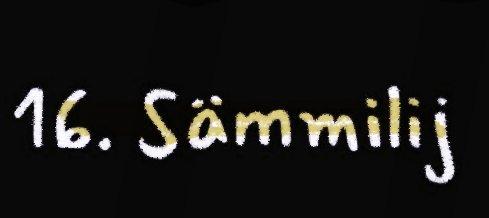
16. Sämmilij